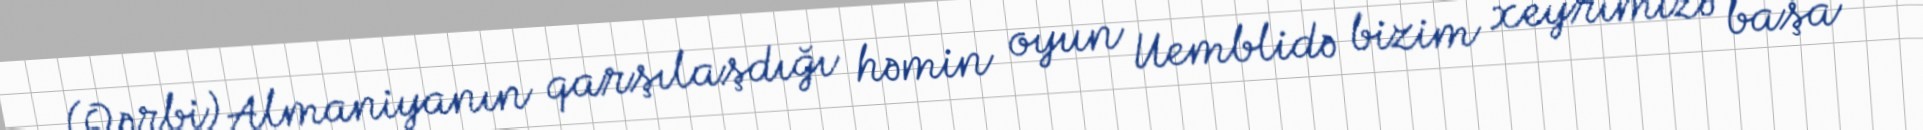
(Qərbi) Almaniyanın qarşılaşdığı həmin oyun Uemblidə bizim xeyrimizə başa